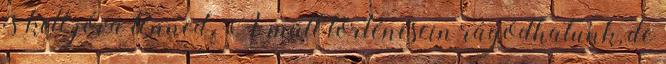
is kell jóvá tenned. A múlt történésein rágódhatunk, de